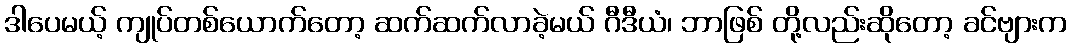
ဒါပေမယ့် ကျုပ်တစ်ယောက်တော့ ဆက်ဆက်လာခဲ့မယ် ဂီဒီယံ၊ ဘာဖြစ် တို့လည်းဆိုတော့ ခင်ဗျားက